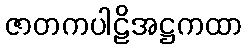
ဇာတကပါဠိအဋ္ဌကထာ